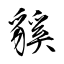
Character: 貕